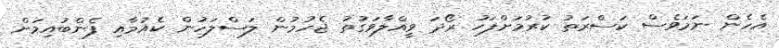
އެހެން ނަމަވެސް ކަސްރަތު ކުރުމަށްފަހު ރޯދަ ވީއްލާވަގުތު ޖެހުމުން ލަސްލަހުން ކެއުމާއި ފެންބުއިމަށް